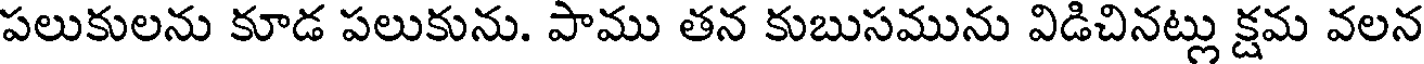
పలుకులను కూడ పలుకును. పాము తన కుబుసమును విడిచినట్లు క్షమ వలన